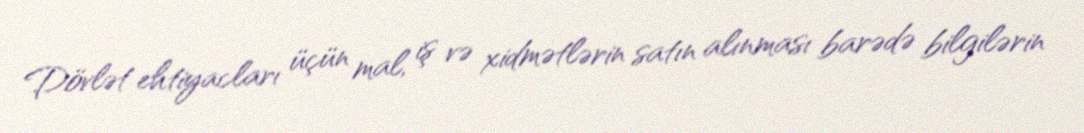
Dövlət ehtiyacları üçün mal, iş və xidmətlərin satın alınması barədə bilgilərin